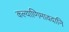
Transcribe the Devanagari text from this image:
कल्याणिमावदानि